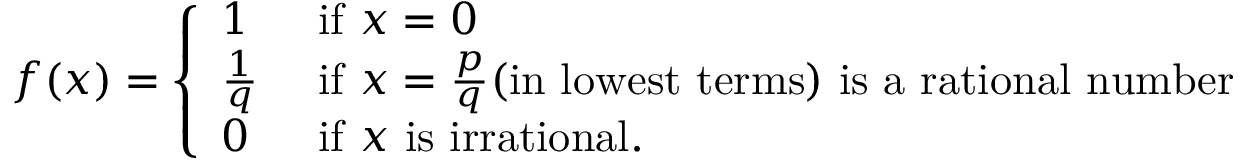
f ( x ) = { \left\{ \begin{array} { l l } { 1 } & { { \mathrm { ~ i f ~ } } x = 0 } \\ { { \frac { 1 } { q } } } & { { \mathrm { ~ i f ~ } } x = { \frac { p } { q } } { \mathrm { ( i n ~ l o w e s t ~ t e r m s ) ~ i s ~ a ~ r a t i o n a l ~ n u m b e r } } } \\ { 0 } & { { \mathrm { ~ i f ~ } } x { \mathrm { ~ i s ~ i r r a t i o n a l } } . } \end{array} \right. }